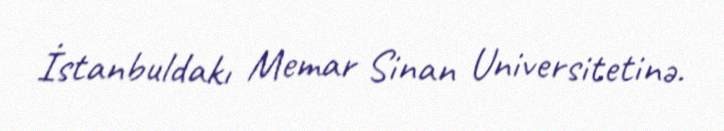
İstanbuldakı Memar Sinan Universitetinə.